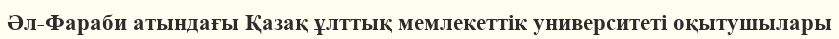
Әл-Фараби атындағы Қазақ ұлттық мемлекеттік университеті оқытушылары